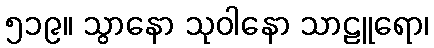
၅၁၉။ သွာနော သုဝါနော သာဠူရော၊